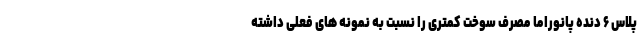
پلاس ۶ دنده پانوراما مصرف سوخت کمتری را نسبت به نمونه های فعلی داشته